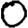
Digit: 0